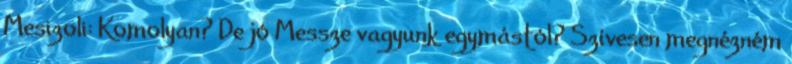
Mesizoli: Komolyan? De jó Messze vagyunk egymástól? Szívesen megnézném